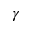
\gamma